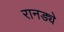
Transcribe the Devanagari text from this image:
रानड्ये